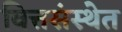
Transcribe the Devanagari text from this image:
वित्तसंस्थेत